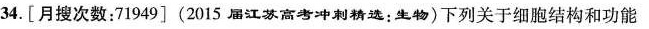
34.[月搜次数：71949](2015届江苏高考冲刺精选：生物)下列关于细胞结构和功能